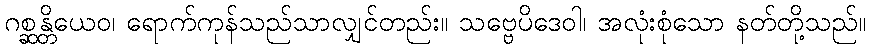
ဂစ္ဆန္တိယေဝ၊ ရောက်ကုန်သည်သာလျှင်တည်း။ သဗ္ဗေပိဒေဝါ၊ အလုံးစုံသော နတ်တို့သည်။